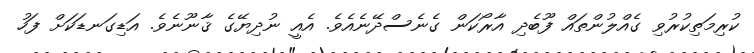
ކުރިމަތިކުރުވި ގެއްލުންތައް ފޫބެދި އާރޯކަން ގެނެސްދޭނެއެވެ. އެއީ ނުދިޔޭގެ ޤާނޫނެވެ. އަޑިގަނޑަކަށް ފަހު